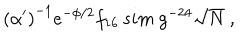
\left( \alpha ^ { \prime } \right) ^ { - 1 } e ^ { - \phi / 2 } f _ { 1 6 } \, s i m \ g ^ { - 2 4 } \sqrt { N } \ ,